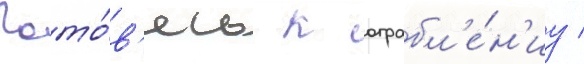
Гото́в'ясь к ограбл'е́н'иу /